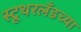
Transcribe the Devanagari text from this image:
स्टूथरलँडच्या